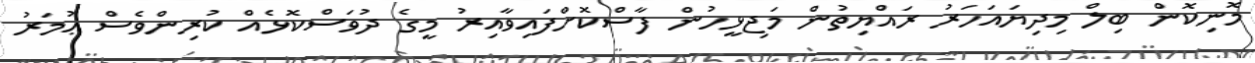
މޮނިކޮން ބިލް މިދިޔައަހަރު ރައްޔިތުން މަޖިޅީހުން ފާސްކޮށްފައިވާއިރު މީގެ ދުވަސްކޮޅެއް ކުރިންވެސް ޢުމަރު